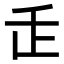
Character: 𬼉